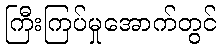
ကြီးကြပ်မှုအောက်တွင်